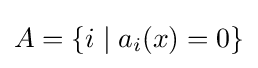
A=\{i\mid a_{i}(x)=0\}